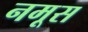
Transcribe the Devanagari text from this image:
नमूस